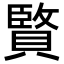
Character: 𮚚